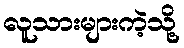
လူသားများကဲ့သို့